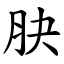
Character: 䏐